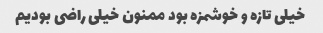
خیلی تازه و خوشمزه بود ممنون خیلی راضی بودیم